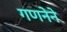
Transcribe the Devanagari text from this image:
गणनेने